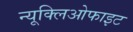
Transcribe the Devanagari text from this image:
न्यूक्लिओफाइट